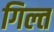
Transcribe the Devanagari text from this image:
गिल्त